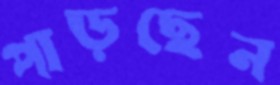
পাড়ছেন